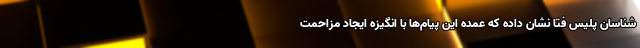
شناسان پلیس فتا نشان داده که عمده این پیام‌ها با انگیزه ایجاد مزاحمت